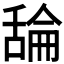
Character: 𦧣